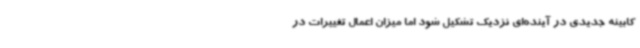
کابینه جدیدی در آینده‌ای نزدیک تشکیل شود اما میزان اعمال تغییرات در